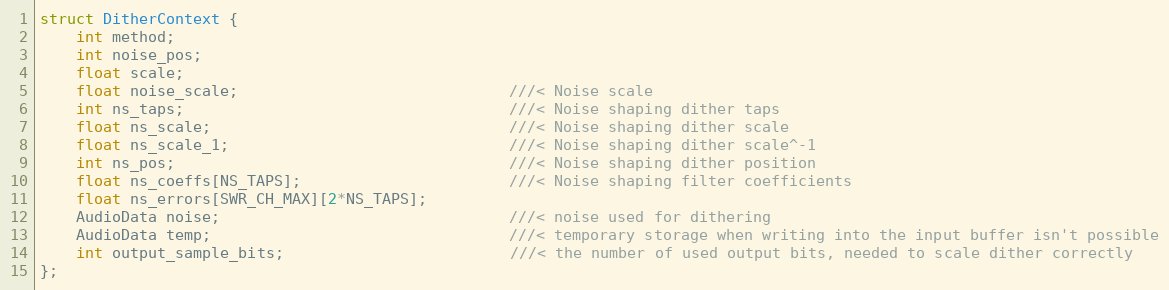
Language: C
struct DitherContext {
    int method;
    int noise_pos;
    float scale;
    float noise_scale;                              ///< Noise scale
    int ns_taps;                                    ///< Noise shaping dither taps
    float ns_scale;                                 ///< Noise shaping dither scale
    float ns_scale_1;                               ///< Noise shaping dither scale^-1
    int ns_pos;                                     ///< Noise shaping dither position
    float ns_coeffs[NS_TAPS];                       ///< Noise shaping filter coefficients
    float ns_errors[SWR_CH_MAX][2*NS_TAPS];
    AudioData noise;                                ///< noise used for dithering
    AudioData temp;                                 ///< temporary storage when writing into the input buffer isn't possible
    int output_sample_bits;                         ///< the number of used output bits, needed to scale dither correctly
};